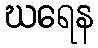
ဃရေန